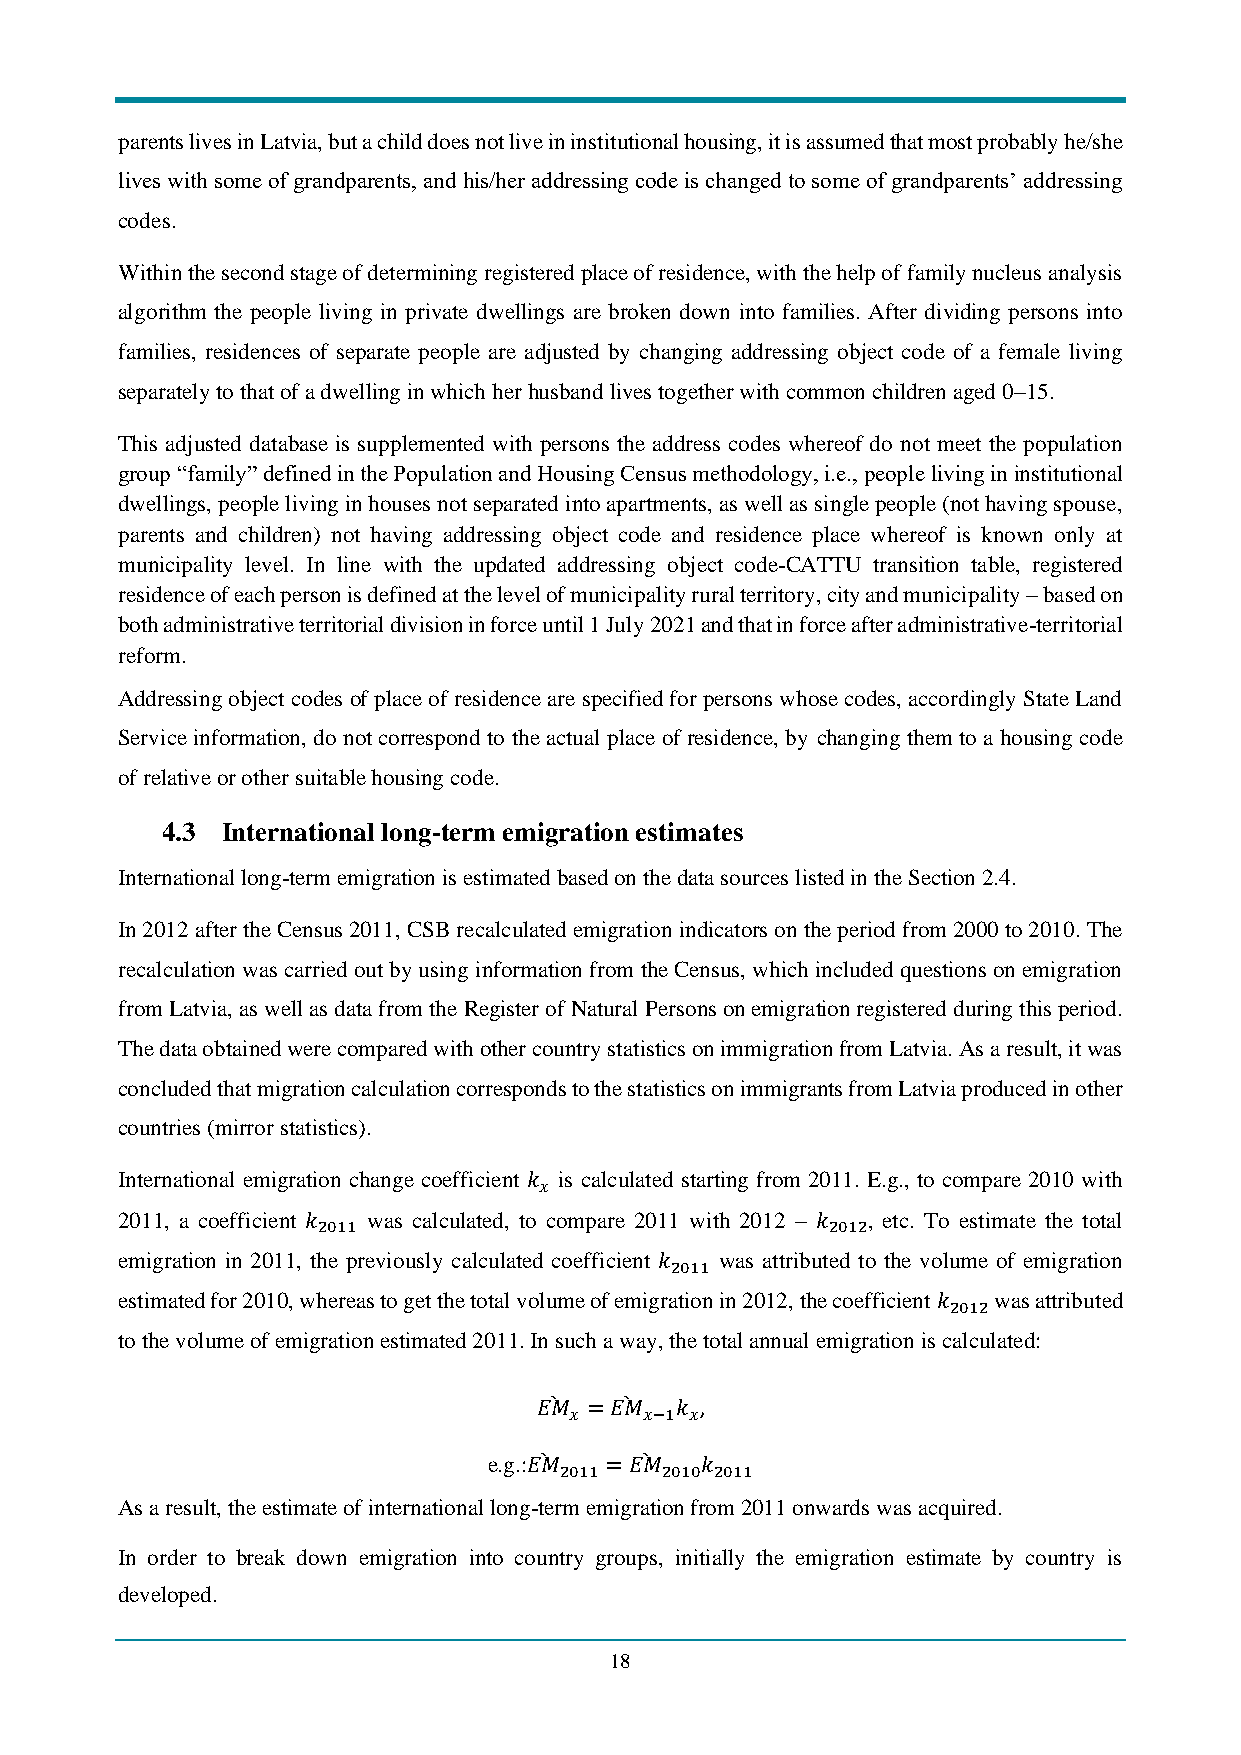
parents lives in Latvia, but a child does not live in institutional housing, it is assumed that most probably he/she
 lives with some of grandparents, and his/her addressing code is changed to some of grandparents’ addressing
 codes.
 Within the second stage of determining registered place of residence, with the help of family nucleus analysis
 algorithm the people living in private dwellings are broken down into families. After dividing persons into
 families, residences of separate people are adjusted by changing addressing object code of a female living
 separately to that of a dwelling in which her husband lives together with common children aged 0–15.
 This adjusted database is supplemented with persons the address codes whereof do not meet the population
 group “family” defined in the Population and Housing Census methodology, i.e., people living in institutional
 dwellings, people living in houses not separated into apartments, as well as single people (not having spouse,
 parents and children) not having addressing object code and residence place whereof is known only at
 municipality level. In line with the updated addressing object code-CATTU transition table, registered
 residence of each person is defined at the level of municipality rural territory, city and municipality – based on
 both administrative territorial division in force until 1 July 2021 and that in force after administrative-territorial
 reform.
 Addressing object codes of place of residence are specified for persons whose codes, accordingly State Land
 Service information, do not correspond to the actual place of residence, by changing them to a housing code
 of relative or other suitable housing code.
 4.3 International long-term emigration estimates
 International long-term emigration is estimated based on the data sources listed in the Section 2.4.
 In 2012 after the Census 2011, CSB recalculated emigration indicators on the period from 2000 to 2010. The
 recalculation was carried out by using information from the Census, which included questions on emigration
 from Latvia, as well as data from the Register of Natural Persons on emigration registered during this period.
 The data obtained were compared with other country statistics on immigration from Latvia. As a result, it was
 concluded that migration calculation corresponds to the statistics on immigrants from Latvia produced in other
 countries (mirror statistics).
 International emigration change coefficient 𝑘 is calculated starting from 2011. E.g., to compare 2010 with
 𝑥
 2011, a coefficient 𝑘 was calculated, to compare 2011 with 2012 – 𝑘 , etc. To estimate the total
 2011                              2012
 emigration in 2011, the previously calculated coefficient 𝑘 was attributed to the volume of emigration
 2011
 estimated for 2010, whereas to get the total volume of emigration in 2012, the coefficient 𝑘 was attributed
 2012
 to the volume of emigration estimated 2011. In such a way, the total annual emigration is calculated:
 𝐸𝑀̀ = 𝐸𝑀̀ 𝑘 ,
 𝑥    𝑥−1 𝑥
 e.g.:𝐸𝑀̀ = 𝐸𝑀̀ 𝑘
 2011   2010 2011
 As a result, the estimate of international long-term emigration from 2011 onwards was acquired.
 In order to break down emigration into country groups, initially the emigration estimate by country is
 developed.
 18